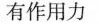
有作用力